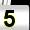
Digit: 5